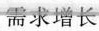
需求增长